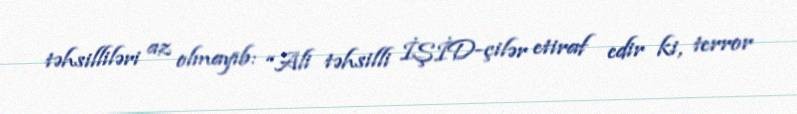
təhsilliləri az olmayıb: “Ali təhsilli İŞİD-çilər etiraf edir ki, terror